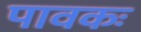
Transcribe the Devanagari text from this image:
पावकः